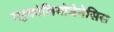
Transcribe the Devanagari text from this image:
ग्लुकोलियोजेनेसिस